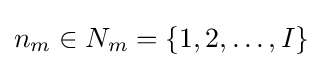
n_{m}\in N_{m}=\{1,2,\ldots ,I\}